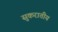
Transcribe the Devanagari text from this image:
सुकरातीय